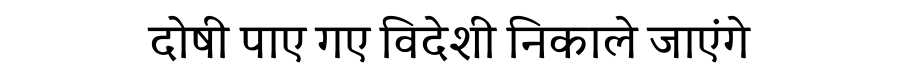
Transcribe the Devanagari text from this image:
दोषी पाए गए विदेशी निकाले जाएंगे